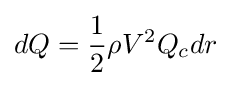
dQ={\frac {1}{2}}\rho V^{2}Q_{c}dr